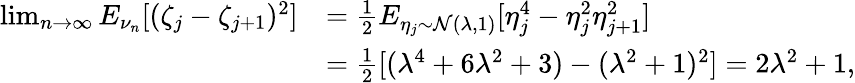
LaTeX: \begin{array}{rl}{\operatorname*{lim}_{n\to\infty}E_{\nu_{n}}[(\zeta_{j}-\zeta_{j+1})^{2}]}&{=\frac{1}{2}E_{\eta_{j}\sim\mathcal{N}(\lambda,1)}[\eta_{j}^{4}-\eta_{j}^{2}\eta_{j+1}^{2}]}\\ &{=\frac{1}{2}[(\lambda^{4}+6\lambda^{2}+3)-(\lambda^{2}+1)^{2}]=2\lambda^{2}+1,}\end{array}